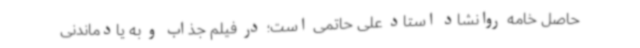
حاصل خامه روانشاد استاد علی حاتمی است؛ در فیلم جذاب و به یادماندنی